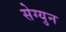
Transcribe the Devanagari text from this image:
सेग्युन